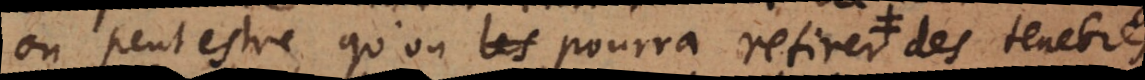
ou peut estre qu’on les pourra retirer pourra